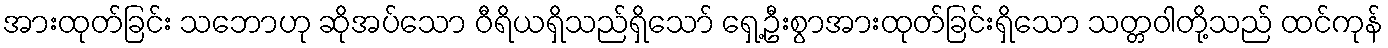
အားထုတ်ခြင်း သဘောဟု ဆိုအပ်သော ဝီရိယရှိသည်ရှိသော် ရှေ့ဦးစွာအားထုတ်ခြင်းရှိသော သတ္တဝါတို့သည် ထင်ကုန်